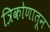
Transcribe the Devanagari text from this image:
त्रिकोणातून